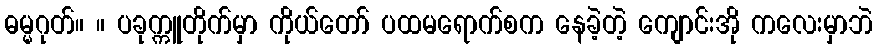
ဓမ္မဂုတ်။ ။ ပခုက္ကူတိုက်မှာ ကိုယ်တော် ပထမရောက်စက နေခဲ့တဲ့ ကျောင်းအို ကလေးမှာဘဲ